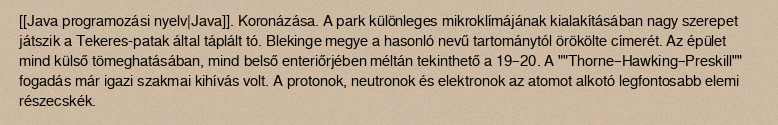
[[Java programozási nyelv|Java]]. Koronázása. A park különleges mikroklímájának kialakításában nagy szerepet játszik a Tekeres-patak által táplált tó. Blekinge megye a hasonló nevű tartománytól örökölte címerét. Az épület mind külső tömeghatásában, mind belső enteriőrjében méltán tekinthető a 19–20. A ""Thorne–Hawking–Preskill"" fogadás már igazi szakmai kihívás volt. A protonok, neutronok és elektronok az atomot alkotó legfontosabb elemi részecskék.